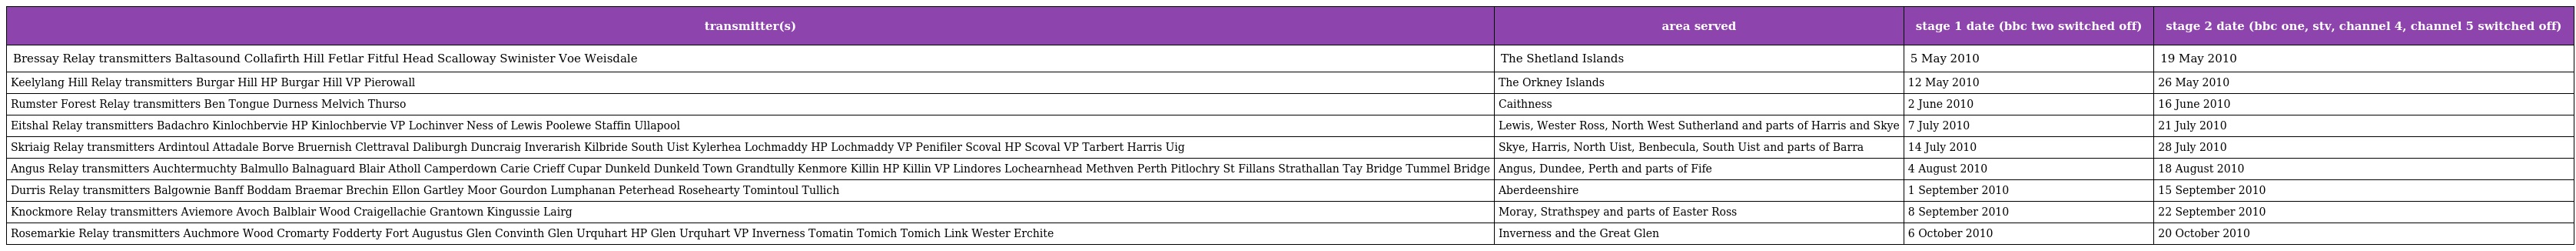
| transmitter(s) | area served | stage 1 date (bbc two switched off) | stage 2 date (bbc one, stv, channel 4, channel 5 switched off) |
 | --- | --- | --- | --- |
 | Bressay Relay transmitters Baltasound Collafirth Hill Fetlar Fitful Head Scalloway Swinister Voe Weisdale | The Shetland Islands | 5 May 2010 | 19 May 2010 |
 | Keelylang Hill Relay transmitters Burgar Hill HP Burgar Hill VP Pierowall | The Orkney Islands | 12 May 2010 | 26 May 2010 |
 | Rumster Forest Relay transmitters Ben Tongue Durness Melvich Thurso | Caithness | 2 June 2010 | 16 June 2010 |
 | Eitshal Relay transmitters Badachro Kinlochbervie HP Kinlochbervie VP Lochinver Ness of Lewis Poolewe Staffin Ullapool | Lewis, Wester Ross, North West Sutherland and parts of Harris and Skye | 7 July 2010 | 21 July 2010 |
 | Skriaig Relay transmitters Ardintoul Attadale Borve Bruernish Clettraval Daliburgh Duncraig Inverarish Kilbride South Uist Kylerhea Lochmaddy HP Lochmaddy VP Penifiler Scoval HP Scoval VP Tarbert Harris Uig | Skye, Harris, North Uist, Benbecula, South Uist and parts of Barra | 14 July 2010 | 28 July 2010 |
 | Angus Relay transmitters Auchtermuchty Balmullo Balnaguard Blair Atholl Camperdown Carie Crieff Cupar Dunkeld Dunkeld Town Grandtully Kenmore Killin HP Killin VP Lindores Lochearnhead Methven Perth Pitlochry St Fillans Strathallan Tay Bridge Tummel Bridge | Angus, Dundee, Perth and parts of Fife | 4 August 2010 | 18 August 2010 |
 | Durris Relay transmitters Balgownie Banff Boddam Braemar Brechin Ellon Gartley Moor Gourdon Lumphanan Peterhead Rosehearty Tomintoul Tullich | Aberdeenshire | 1 September 2010 | 15 September 2010 |
 | Knockmore Relay transmitters Aviemore Avoch Balblair Wood Craigellachie Grantown Kingussie Lairg | Moray, Strathspey and parts of Easter Ross | 8 September 2010 | 22 September 2010 |
 | Rosemarkie Relay transmitters Auchmore Wood Cromarty Fodderty Fort Augustus Glen Convinth Glen Urquhart HP Glen Urquhart VP Inverness Tomatin Tomich Tomich Link Wester Erchite | Inverness and the Great Glen | 6 October 2010 | 20 October 2010 |